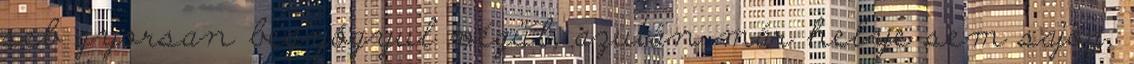
seb gyorsan begyógyul végül, azután már helye sem sajog,